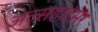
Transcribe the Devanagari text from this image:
अल्सहाइमर